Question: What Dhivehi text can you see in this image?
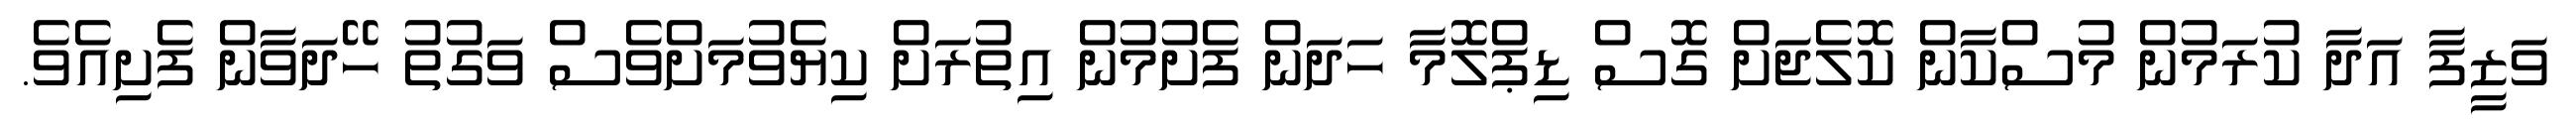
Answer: ވަޒީފާ އަދާ ކުރަމުން މުސްކާން ކޮލެޖަށް ގޮސް ޑިޕްލޮމާ ހަދަން ފެށުމުން އިތުރަށް ކިޔެވުމަށްވެސް ވަގުތު ހޭދަވާން ފެށިއެވެ.